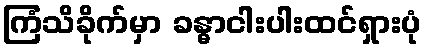
ကြံသိခိုက်မှာ ခန္ဓာငါးပါးထင်ရှားပုံ